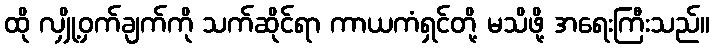
ထို လျှို့ဝှက်ချက်ကို သက်ဆိုင်ရာ ကာယကံရှင်တို့ မသိဖို့ အရေးကြီးသည်။